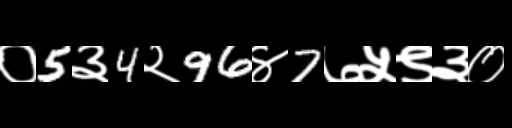
Text: ०5३4२96४7७५९३०